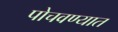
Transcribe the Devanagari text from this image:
पोचवण्यात